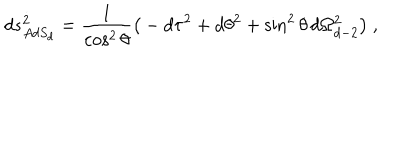
LaTeX: d s _ { A d S _ { d } } ^ { 2 } = { \frac { 1 } { \cos ^ { 2 } \theta } } \big ( - d \tau ^ { 2 } + d \theta ^ { 2 } + \sin ^ { 2 } \theta \, d \Omega _ { d - 2 } ^ { 2 } \big ) \ ,